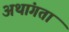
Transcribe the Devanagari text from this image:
अथांगता